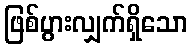
ဖြစ်ပွားလျှက်ရှိသော